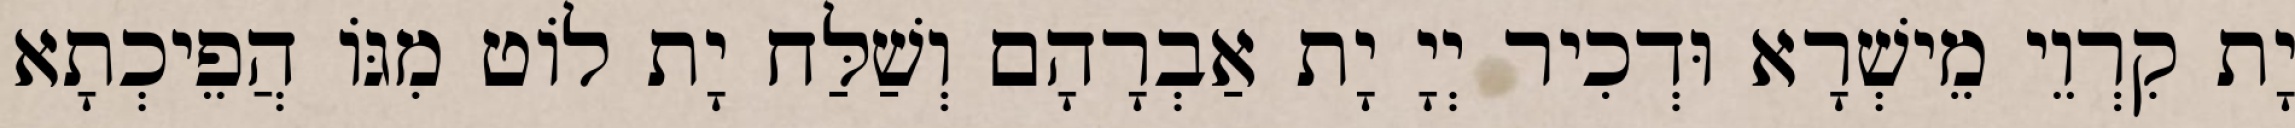
יָת קִרְוֵי מֵישְׁרָא וּדְכִיר יְיָ יָת אַבְרָהָם וְשַׁלַּח יָת לוֹט מִגּוֹ הֲפֵיכְתָא